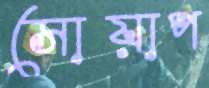
সোয়াপ